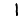
Digit: 1